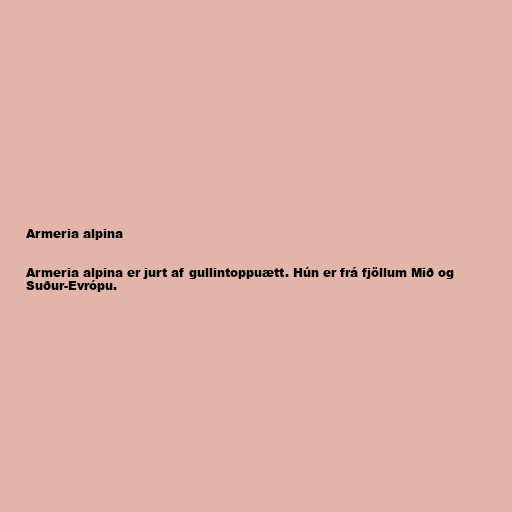
Armeria alpina

Armeria alpina er jurt af gullintoppuætt. Hún er frá fjöllum Mið og
Suður-Evrópu.